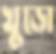
খুড়ো